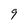
Character: 9